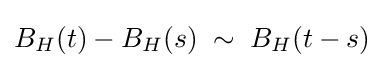
B_{H}(t)-B_{H}(s)\;\sim \;B_{H}(t-s)